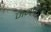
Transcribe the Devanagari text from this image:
जनकास